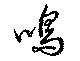
鳴